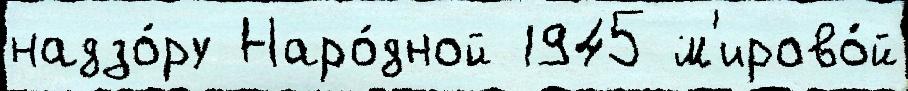
надзо́ру Наро́дной 1945 м'ирово́й